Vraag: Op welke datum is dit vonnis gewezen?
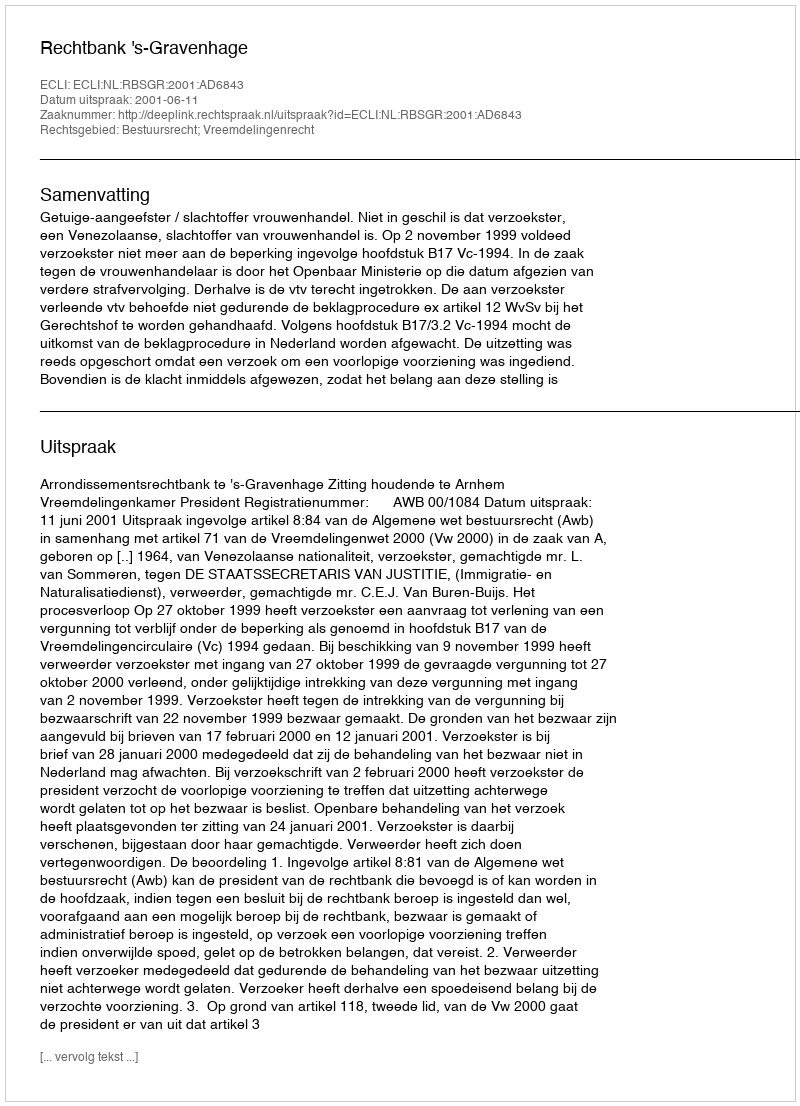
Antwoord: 2001-06-11